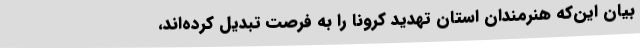
بیان این‌که هنرمندان استان تهدید کرونا را به فرصت تبدیل کرده‌اند،